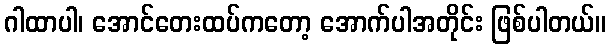
ဂါထာပါ၊ အောင်တေးထပ်ကတော့ အောက်ပါအတိုင်း ဖြစ်ပါတယ်။